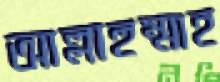
আল্লাহুম্মাহ